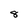
Character: 8